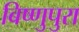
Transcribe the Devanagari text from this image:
बिष्णुपुरा